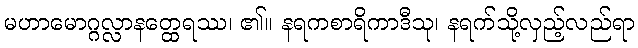
မဟာမောဂ္ဂလ္လာနတ္ထေရဿ၊ ၏။ နရကစာရိကာဒီသု၊ နရက်သို့လှည့်လည်ရာ